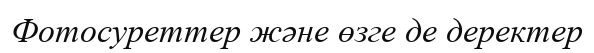
Фотосуреттер және өзге де деректер